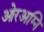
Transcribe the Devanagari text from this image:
ओरअग्नि